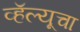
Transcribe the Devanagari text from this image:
व्हॅल्यूचा